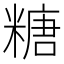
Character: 糖